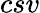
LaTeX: csv